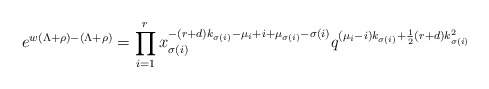
\begin{align*}e^{w(\Lambda+\rho)-(\Lambda+\rho)}=\prod_{i=1}^rx_{\sigma(i)}^{-(r+d)k_{\sigma(i)}-\mu_i+i+\mu_{\sigma(i)}-\sigma(i)}q^{ (\mu_i-i)k_{\sigma(i)} +\frac12(r+d)k_{\sigma(i)}^2 }\end{align*}